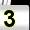
Digit: 3